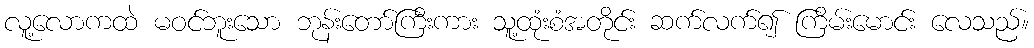
လူ့လောကထဲ မဝင်ဘူးသော ဘုန်းတော်ကြီးကား သူ့ထုံးစံအတိုင်း ဆက်လက်၍ ကြိမ်းမောင်း လေသည်။